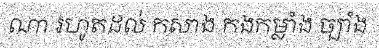
ណា រហូតដល់ កសាង កងកម្លាំង ច្បាំង